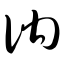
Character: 讷